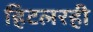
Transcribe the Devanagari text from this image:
हिटलरही